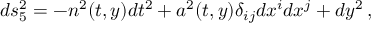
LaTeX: d s _ { 5 } ^ { 2 } = - n ^ { 2 } ( t , y ) d t ^ { 2 } + a ^ { 2 } ( t , y ) \delta _ { i j } d x ^ { i } d x ^ { j } + d y ^ { 2 } \, ,